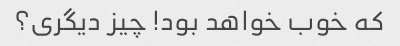
که خوب خواهد بود! چیز دیگری؟